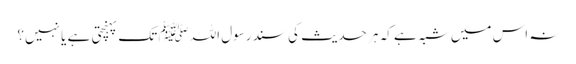
نہ اس میں شبہ ہے کہ ہر حدیث کی سند رسول اللہﷺ تک پہنچتی ہے یا نہیں؟